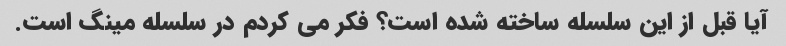
آیا قبل از این سلسله ساخته شده است؟ فکر می کردم در سلسله مینگ است.